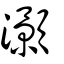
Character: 灝